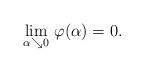
LaTeX: \begin{align*}\lim_{\alpha\searrow 0}\,\varphi(\alpha)=0.\end{align*}